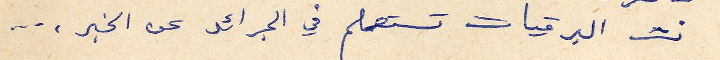
نشر البرقيات تستعلم في الجرائد عن الخبر،...